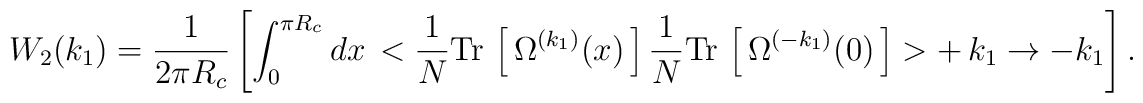
W_2(k_1)=\frac{1}{2\pi R_c}\left[\int_0^{\pi R_c} dx\,<\frac{1}{N}{\rm Tr}\,\left[\,\Omega^{(k_1)}(x)\,\right]\frac{1}{N}{\rm Tr}\,\left[\,\Omega^{(-k_1)}(0)\,\right]>+\,k_1\to-k_1\right].